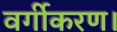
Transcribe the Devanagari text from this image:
वर्गीकरण।